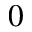
_ 0